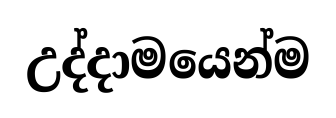
උද්දාමයෙන්ම